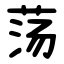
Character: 荡